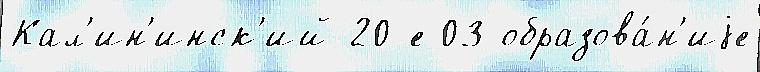
Кал'ин'инск'ий 20-е 03 образова́н'иjе